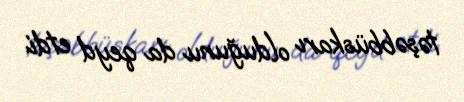
təşəbbüskarı olduğunu da qeyd etdi.